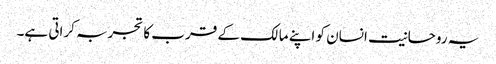
یہ روحانیت انسان کو اپنے مالک کے قرب کا تجربہ کراتی ہے۔